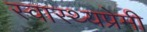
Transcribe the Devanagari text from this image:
स्वास्थ्यप्रेमी